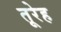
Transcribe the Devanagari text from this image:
तूरेह